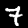
Digit: 7